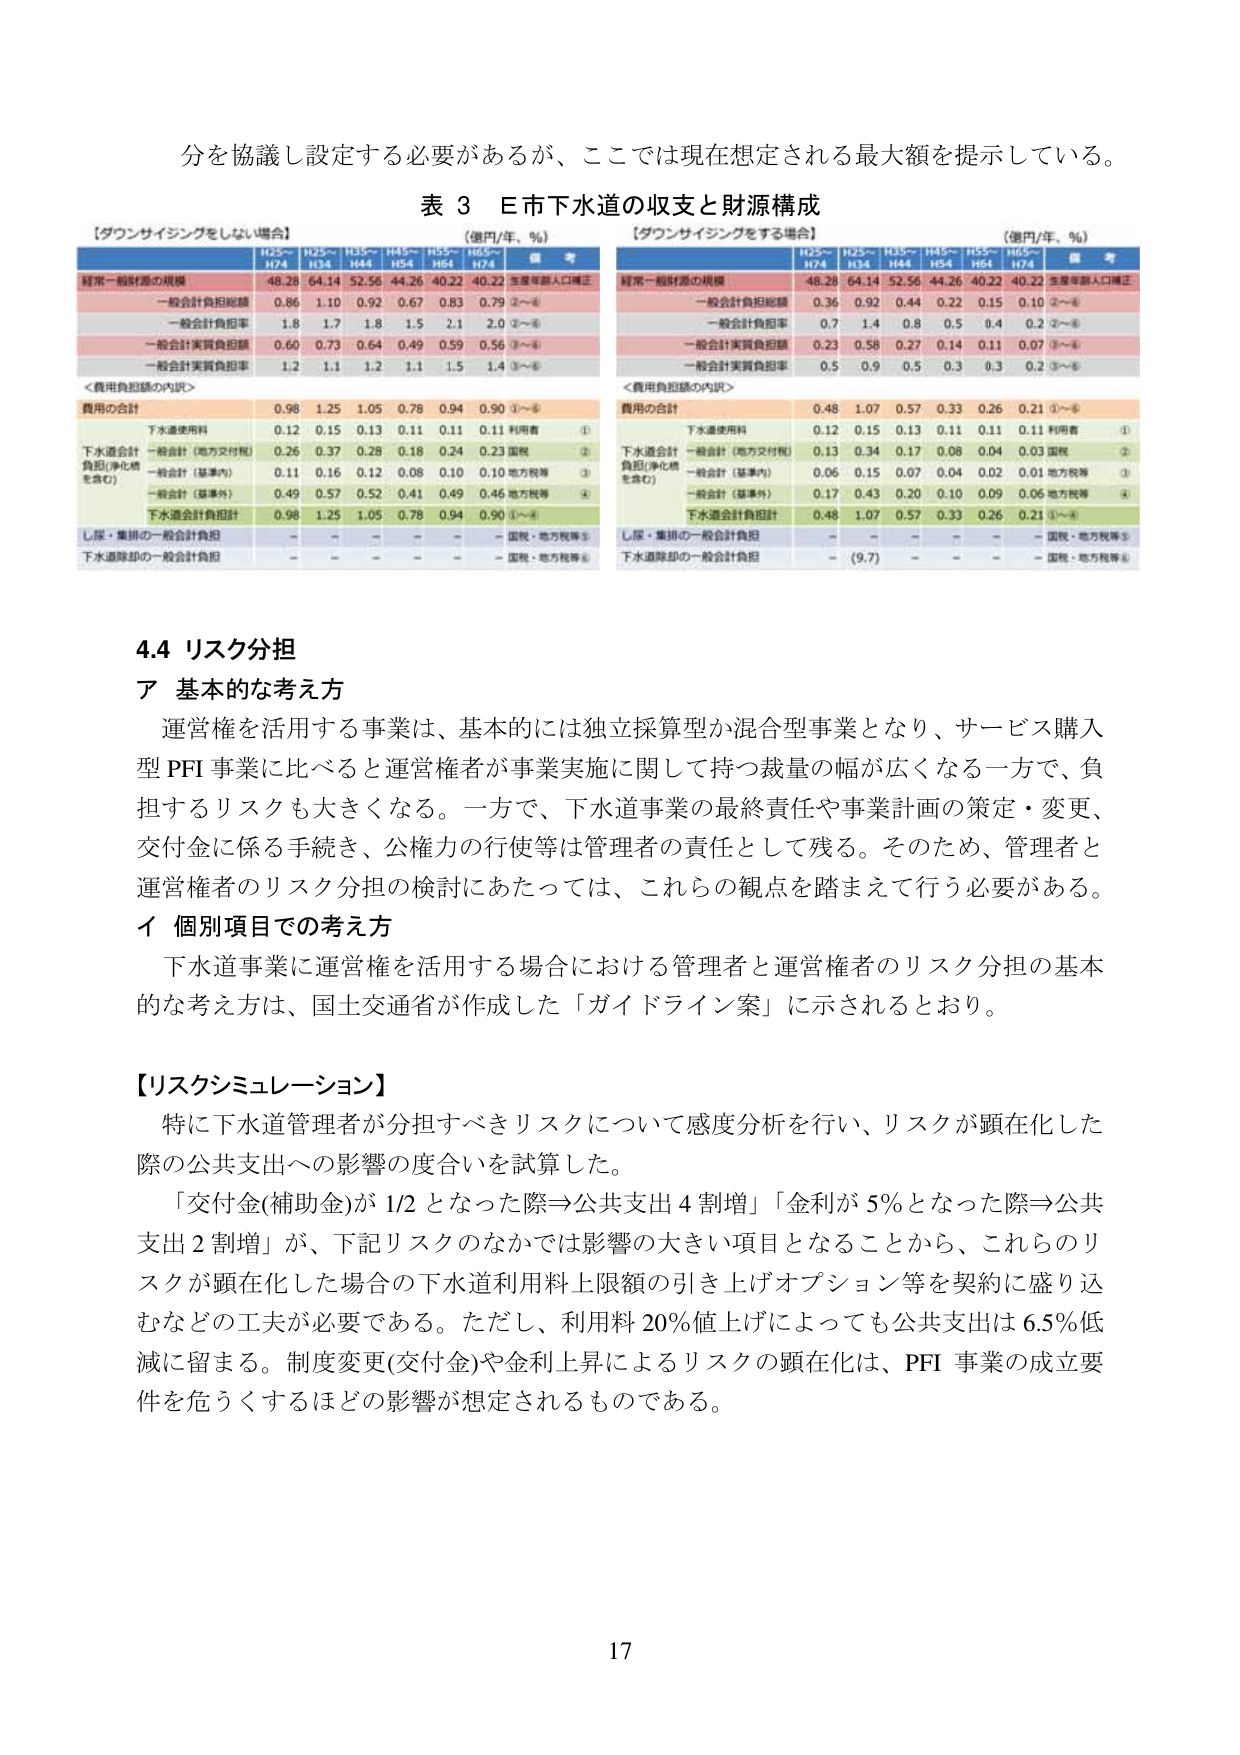
分を協議し設定する必要があるが、ここでは現在想定される最大額を提示している。

表 3 E市下水道の収支と財源構成

【ダウンサイジングをしない場合】
（億円/年、％）
H25～H27A H25～H34 H35～H44 H45～H54 H55～H64 H65～H74 備考
経常一般財源の規模 48.28 64.14 52.56 44.26 40.22 40.22 生産年齢人口補正
一般会計負担総額 0.86 1.10 0.92 0.67 0.83 0.79 ②～④
一般会計負担率 1.8 1.7 1.8 1.5 2.1 2.0 ②～④
一般会計実質負担額 0.60 0.73 0.64 0.49 0.59 0.56 ③～④
一般会計実質負担率 1.2 1.1 1.2 1.1 1.5 1.4 ③～④

＜費用負担額の内訳＞
費用の合計 0.98 1.25 1.05 0.78 0.94 0.90 ①～④
下水道使用料 0.12 0.15 0.13 0.11 0.11 0.11 利用者 ①
下水道会計負担（浄化槽を含む） 一般会計（地方交付税） 0.26 0.37 0.28 0.18 0.24 0.23 国税 ②
一般会計（基準内） 0.11 0.16 0.12 0.08 0.10 0.10 地方税等 ③
一般会計（基準外） 0.49 0.57 0.52 0.41 0.49 0.46 地方税等 ④
下水道会計負担計 0.98 1.25 1.05 0.78 0.94 0.90 ①～④
し尿・集排の一般会計負担 - - - - - - 国税・地方税等⑤
下水道除却の一般会計負担 - - - - - - 国税・地方税等⑥

【ダウンサイジングをする場合】
（億円/年、％）
H25～H27A H25～H34 H35～H44 H45～H54 H55～H64 H65～H74 備考
経常一般財源の規模 48.28 64.14 52.56 44.26 40.22 40.22 生産年齢人口補正
一般会計負担総額 0.36 0.92 0.44 0.22 0.15 0.10 ②～④
一般会計負担率 0.7 1.4 0.8 0.5 0.4 0.2 ②～④
一般会計実質負担額 0.23 0.58 0.27 0.14 0.11 0.07 ③～④
一般会計実質負担率 0.5 0.9 0.5 0.3 0.3 0.2 ③～④

＜費用負担額の内訳＞
費用の合計 0.48 1.07 0.57 0.33 0.26 0.21 ①～④
下水道使用料 0.12 0.15 0.13 0.11 0.11 0.11 利用者 ①
下水道会計負担（浄化槽を含む） 一般会計（地方交付税） 0.13 0.34 0.17 0.08 0.04 0.03 国税 ②
一般会計（基準内） 0.06 0.15 0.07 0.04 0.02 0.01 地方税等 ③
一般会計（基準外） 0.17 0.43 0.20 0.10 0.09 0.06 地方税等 ④
下水道会計負担計 0.48 1.07 0.57 0.33 0.26 0.21 ①～④
し尿・集排の一般会計負担 - - - - - - 国税・地方税等⑤
下水道除却の一般会計負担 - (9.7) - - - - 国税・地方税等⑥

4.4 リスク分担
ア 基本的な考え方
運営権を活用する事業は、基本的には独立採算型か混合型事業となり、サービス購入型PFI事業に比べると運営権者が事業実施に関して持つ裁量の幅が広くなる一方で、負担するリスクも大きくなる。一方で、下水道事業の最終責任や事業計画の策定・変更、交付金に係る手続き、公権力の行使等は管理者の責任として残る。そのため、管理者と運営権者のリスク分担の検討にあたっては、これらの観点を踏まえて行う必要がある。

イ 個別項目での考え方
下水道事業に運営権を活用する場合における管理者と運営権者のリスク分担の基本的な考え方は、国土交通省が作成した「ガイドライン案」に示されるており。

【リスクシミュレーション】
特に下水道管理者が分担すべきリスクについて感度分析を行い、リスクが顕在化した際の公共支出への影響の度合いを試算した。
「交付金(補助金)が1/2となった際⇒公共支出4割増」「金利が5％となった際⇒公共支出2割増」が、下記リスクのなかでは影響の大きい項目となることから、これらのリスクが顕在化した場合の下水道利用料上限額の引き上げオプション等を契約に盛り込むなどの工夫が必要である。ただし、利用料20％値上げによっても公共支出は6.5％低減に留まる。制度変更(交付金)や金利上昇によるリスクの顕在化は、PFI事業の成立要件を危うくするほどの影響が想定されるものである。

17